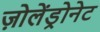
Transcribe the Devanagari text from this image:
ज़ोलेंड्रोनेट